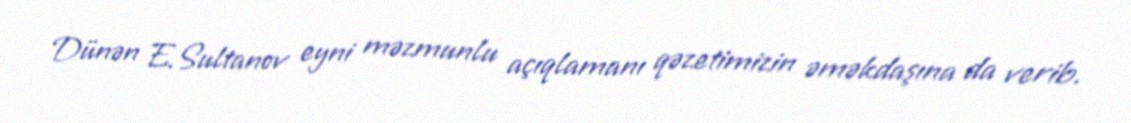
Dünən E.Sultanov eyni məzmunlu açıqlamanı qəzetimizin əməkdaşına da verib.